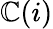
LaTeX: \mathbb{C}(i)